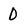
Character: 0